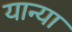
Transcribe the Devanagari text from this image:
यान्या